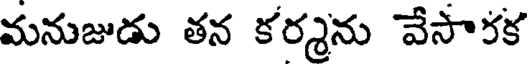
మనుజుడు తన కర్మను వేసారక